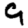
Digit: 9